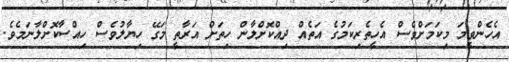
އެހެންވީމަ މިކަމަށްވެސް އެހީތެރިކަމުގެ އަތެއް ދިއްކޮށްލާން ހިތަށް އަރާތީ މަގޭ ހިޔާލުވެސް ހިއްސާކޮށްލާނަމެވެ.